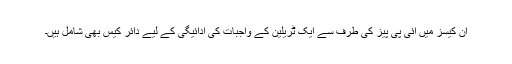
ان کیسز میں آئی پی پیز کی طرف سے ایک ٹریلین کے واجبات کی ادائیگی کے لیے دائر کیس بھی شامل ہیں۔